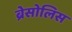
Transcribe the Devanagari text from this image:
ब्रेसोलिस